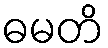
ဓမတိ